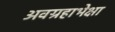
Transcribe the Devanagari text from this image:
अवग्रहाभेक्षा